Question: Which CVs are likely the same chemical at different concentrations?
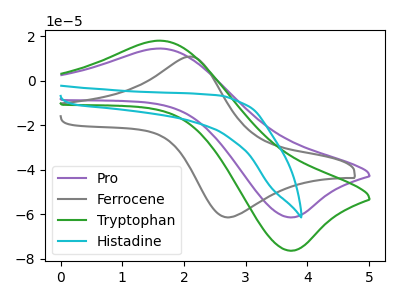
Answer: <think>The purple curve "Pro" has an anodic peak at (1.65V, 14.45uA) and a cathodic peak at (3.70V, -61.40uA). The gray curve "Ferrocene" has an anodic peak at (2.10V, 10.85uA) and a cathodic peak at (2.70V, -61.45uA). The green curve "Tryptophan" has an anodic peak at (1.65V, 18.00uA) and a cathodic peak at (3.70V, -76.35uA). The cyan curve "Histadine" has no peaks.
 "Pro" and "Ferrocene" have at least one peak that do not match. All the peaks in "Pro" have a peak in "Tryptophan" at the same potential. Every peak in "Pro" is lower than every peak in "Tryptophan". "Pro" and "Histadine" have a different number of peaks. "Ferrocene" and "Tryptophan" have at least one peak that do not match. "Ferrocene" and "Histadine" have a different number of peaks. "Tryptophan" and "Histadine" have a different number of peaks.</think>
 <answer>"Pro" and "Tryptophan" have the same shape and are likely CV's of the same chemical.</answer>
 <eval>"Pro" "Tryptophan"</eval>